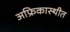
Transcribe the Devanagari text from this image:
अफ्रिकास्थीत